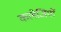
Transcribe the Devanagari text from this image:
कलेजियों